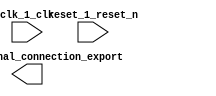

module niosii_top (
	clk_1_clk,
	pio_0_external_connection_export,
	reset_1_reset_n);	

	input		clk_1_clk;
	output	[9:0]	pio_0_external_connection_export;
	input		reset_1_reset_n;
endmodule